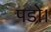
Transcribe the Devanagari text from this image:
पडो।